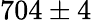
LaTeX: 704\pm 4